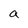
Character: a